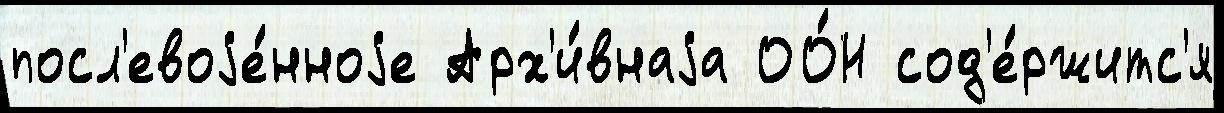
посл'евоjе́нноjе Арх'и́внаjа ОО́Н сод'е́ржитс'я